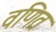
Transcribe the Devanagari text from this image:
वणित